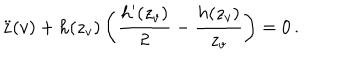
\ddot { z } ( v ) + h ( z _ { v } ) \left( { \frac { h ^ { \prime } ( z _ { v } ) } { 2 } } - { \frac { h ( z _ { v } ) } { z _ { v } } } \right) = 0 \, .